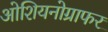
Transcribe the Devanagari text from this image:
ओशियनोग्राफर